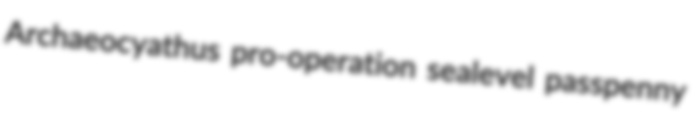
Archaeocyathus pro-operation sealevel passpenny